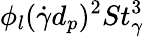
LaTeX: \phi_{l}(\dot{\gamma}d_{p})^{2}St_{\gamma}^{3}